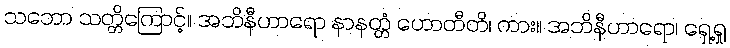
သဘော သတ္တိကြောင့်။ အဘိနီဟာရော နာနတ္တံ ဟောတီတိ၊ ကား။ အဘိနီဟာရော၊ ရှေ့ရှု